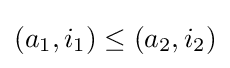
(a_{1},i_{1})\leq \left(a_{2},i_{2}\right)